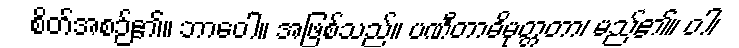
စိတ်အစဉ်၏။ ဘာဝေါ။ အဖြစ်သည်။ ပဏီတာဓိမုတ္တတာ၊ မည်၏။ ဝါ၊